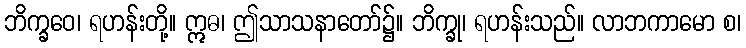
ဘိက္ခဝေ၊ ရဟန်းတို့။ ဣဓ၊ ဤသာသနာတော်၌။ ဘိက္ခု၊ ရဟန်းသည်။ လာဘကာမော စ၊